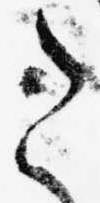
こ